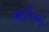
ભાતિગળ